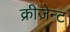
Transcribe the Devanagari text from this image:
क्रीज़ेन्ट